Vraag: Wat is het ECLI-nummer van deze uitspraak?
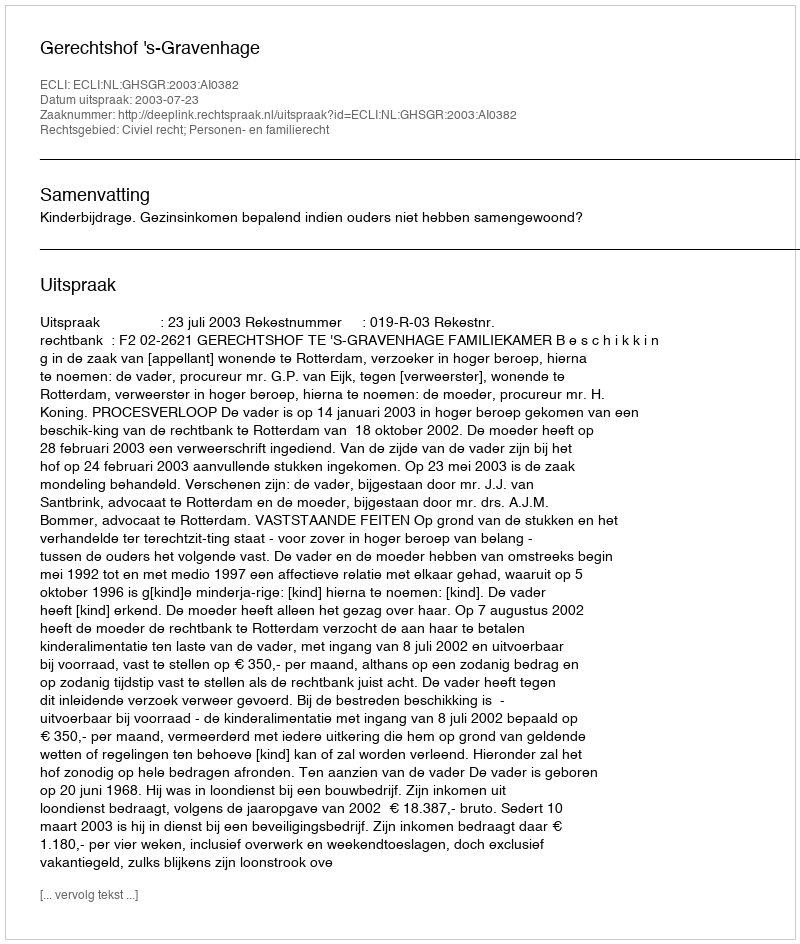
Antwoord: ECLI:NL:GHSGR:2003:AI0382